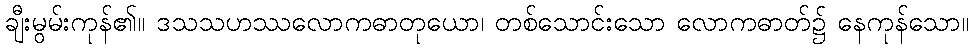
ချီးမွမ်းကုန်၏။ ဒသသဟဿလောကဓာတုယော၊ တစ်သောင်းသော လောကဓာတ်၌ နေကုန်သော။